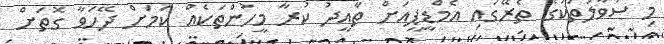
މި ސުވާލުތަކުގެ ތެރޭގައި އެމްޑީޕީއަށް ތާއީދު ކުރާ މީހުންތަކެއް ކަމަށް ދޭހަވާ ގޮތަށް